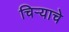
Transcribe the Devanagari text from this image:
चिऱ्याचे